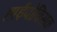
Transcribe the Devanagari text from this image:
हाईपोक्सिक